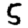
Digit: 5